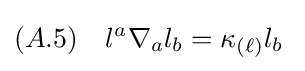
(A.5)\quad l^{a}\nabla _{a}l_{b}=\kappa _{(\ell )}l_{b}\;